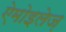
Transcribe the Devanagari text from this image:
ऐमोइलेज़